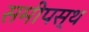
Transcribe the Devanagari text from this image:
समीपस्‍थ